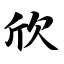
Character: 欣